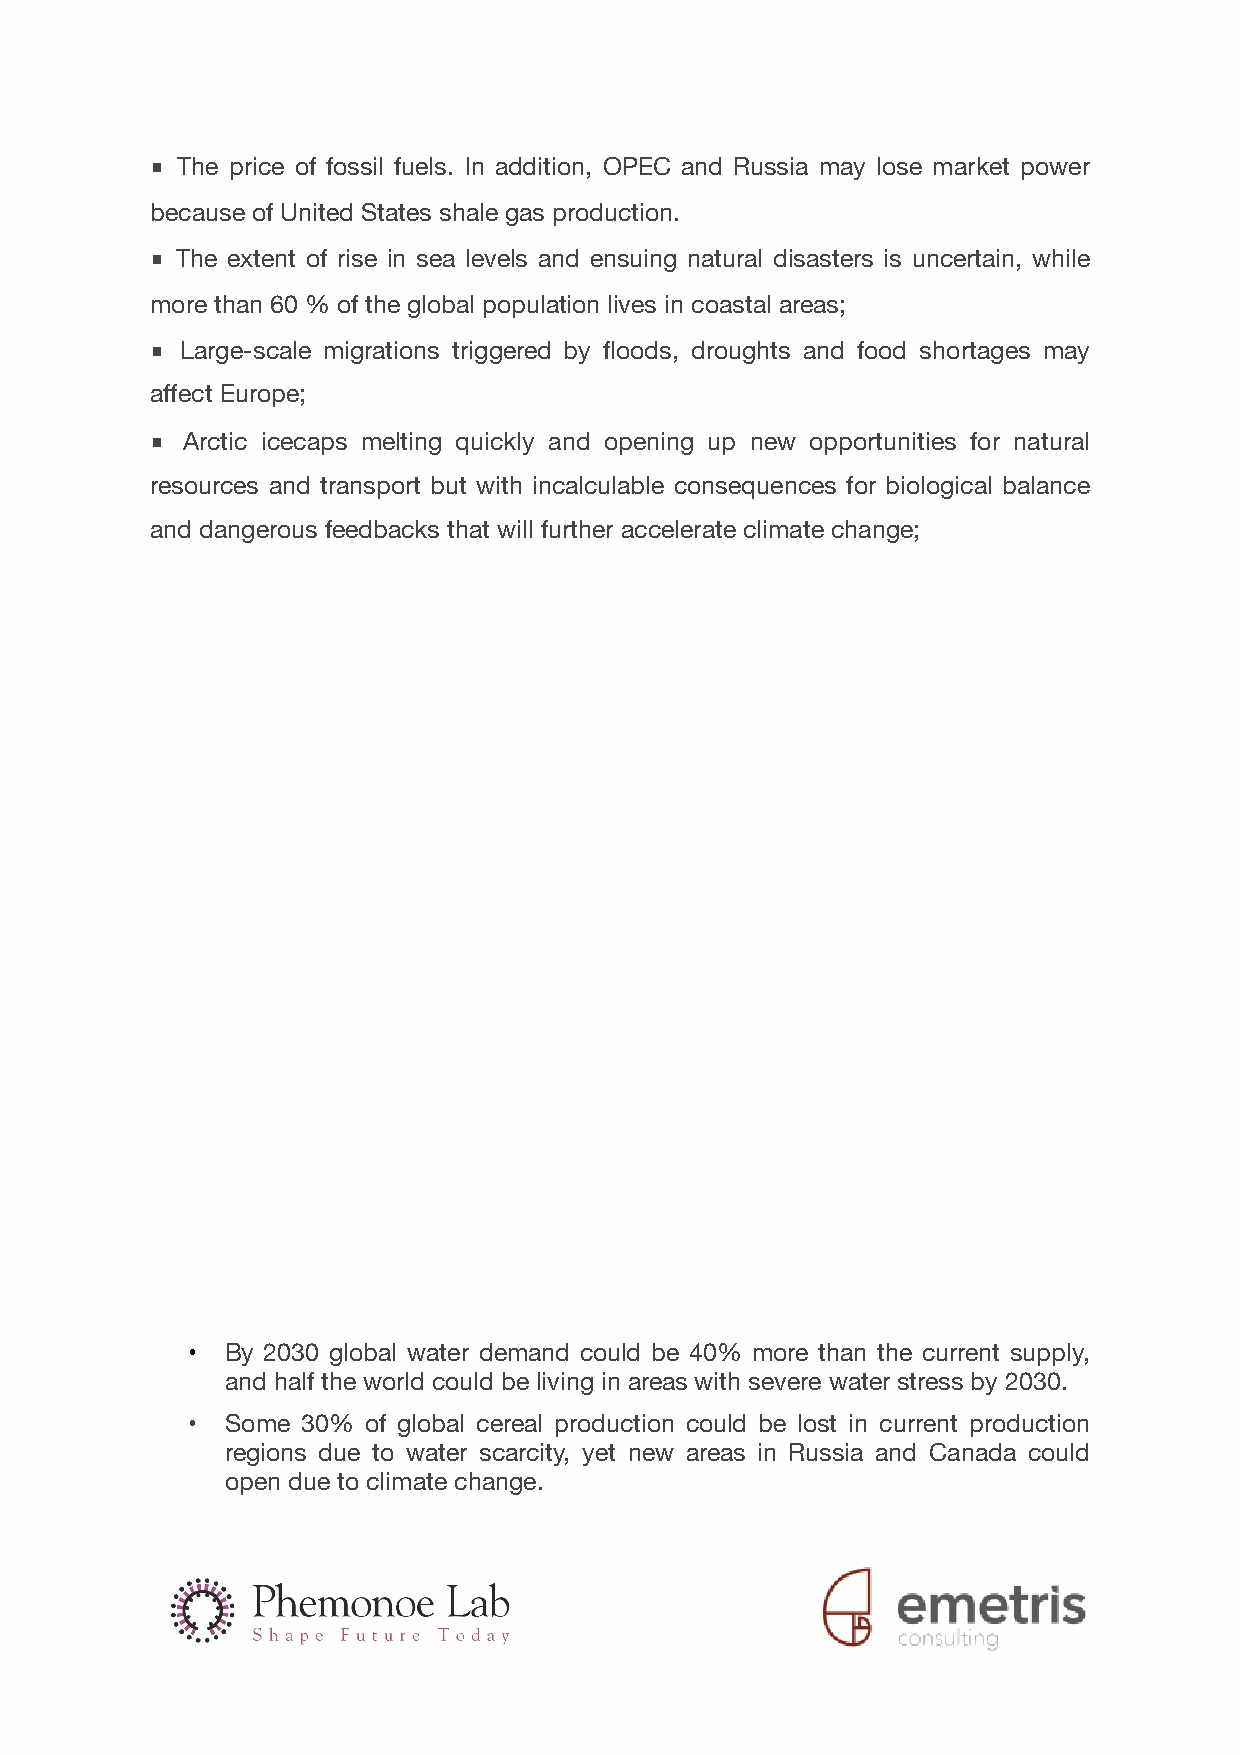
■ The price of fossil fuels. In addition, OPEC and Russia may lose market power
 because of United States shale gas production.
 ■ The extent of rise in sea levels and ensuing natural disasters is uncertain, while
 more than 60 % of the global population lives in coastal areas;
 ■ Large-scale migrations triggered by floods, droughts and food shortages may
 affect Europe;
 ■ Arctic icecaps melting quickly and opening up new opportunities for natural
 resources and transport but with incalculable consequences for biological balance
 and dangerous feedbacks that will further accelerate climate change;
 •  By 2030 global water demand could be 40% more than the current supply,
 and half the world could be living in areas with severe water stress by 2030.
 •  Some 30% of global cereal production could be lost in current production
 regions due to water scarcity, yet new areas in Russia and Canada could
 open due to climate change.